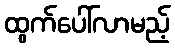
ထွက်ပေါ်လာမည့်